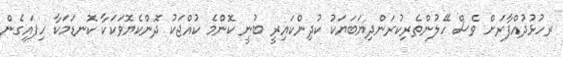
ރހުޅުދުއްފާރަށް ވެސް ހޭލުންތެރިކުރަންދިޔަބަޔަކު ކުދިންކައިރީ ބުނީ ކޮންމެ ކުއްޖަކު ދޮންކެޔޮވަކަކާ ކޮނޑަމަކާ ހިފައިގެން